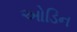
ઓડિન